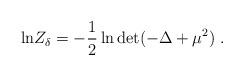
LaTeX: \begin{align*}{\rm ln} Z_\delta = -{1\over 2}\ln {\rm det}(-\Delta+\mu^2)~.\end{align*}